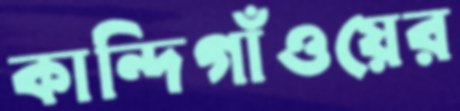
কান্দিগাঁওয়ের